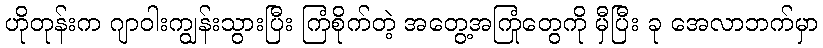
ဟိုတုန်းက ဂျာဝါးကျွန်းသွားပြီး ကြံစိုက်တဲ့ အတွေ့အကြုံတွေကို မှီပြီး ခု အေလာဘက်မှာ